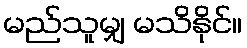
မည်သူမျှ မသိနိုင်။